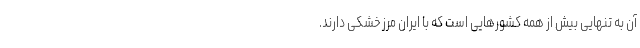
آن به تنهایی بیش از همه کشورهایی است که با ایران مرز خشکی دارند.